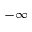
- \infty